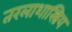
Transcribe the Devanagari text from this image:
तरलाशास्त्रिय